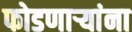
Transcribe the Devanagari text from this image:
फोडणाऱ्यांना